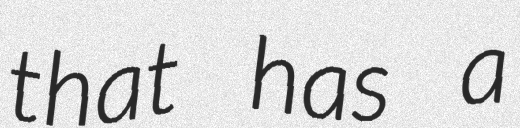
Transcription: that has a